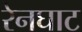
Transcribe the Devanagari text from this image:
रेनघाट